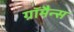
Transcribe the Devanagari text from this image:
ग्रॉमैन्स